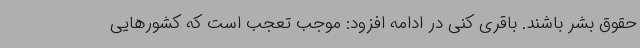
حقوق بشر باشند. باقری کنی در ادامه افزود: موجب تعجب است که کشورهایی